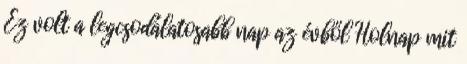
Ez volt a legcsodálatosabb nap az évből Holnap mit